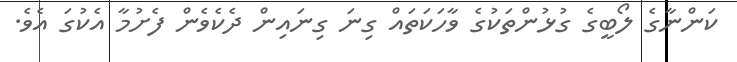
ކަންނާގެ ލޯބީގެ ގުޅުންތަކުގެ ވާހަކަތައް ގިނަ ގިނައިން ދެކެވެން ފެށުމާ އެކުގަ އެވެ.